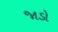
જાડો